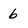
Character: 6